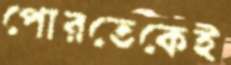
পোরতেকেই